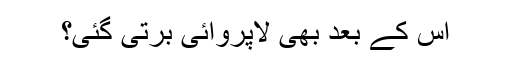
اِس کے بعد بھی لاپروائی برتی گئی؟